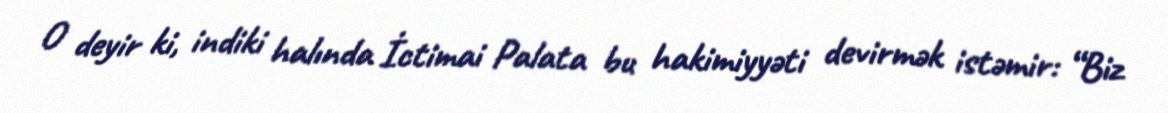
O deyir ki, indiki halında İctimai Palata bu hakimiyyəti devirmək istəmir: “Biz